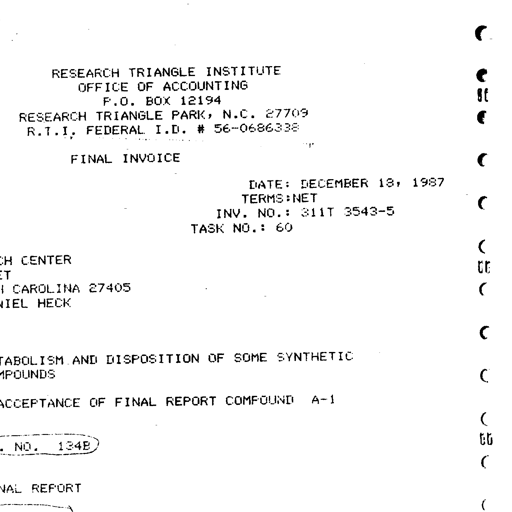
RESEARCH TRIANGLE INSTITUTE
OFFICE OF ACCOUNTING
P.O. BOX 12194
RESEARCH TRIANGLE PARK, N.C. 27709
R.T.I. FEDERAL I.D. # 56-0686338

FINAL INVOICE

DATE: DECEMBER 18, 1987
TERMS: NET
INV. NO.: 311T 3543-5
TASK NO.: 60

CH CENTER
ET
CAROLINA 27405
IEL HECK

TABOLISM AND DISPOSITION OF SOME SYNTHETIC
IPOUNDS

ACCEPTANCE OF FINAL REPORT COMPOUND A-1

NO. 1348

NAL REPORT